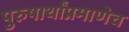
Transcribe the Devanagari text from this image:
पुरुषार्थांप्रमाणेच